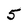
Character: 5